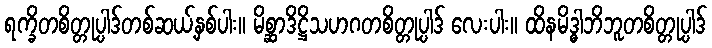
ရက္ခိတစိတ္တုပ္ပါဒ်တစ်ဆယ့်နှစ်ပါး။ မိစ္ဆာဒိဋ္ဌိသဟဂတစိတ္တုပ္ပါဒ် လေးပါး။ ထိနမိဒ္ဓါဘိဘူတစိတ္တုပ္ပါဒ်